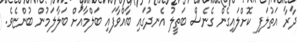
ދާރާ އަތުލަފި ކޮށްލައިގެން ގެނެސް ބަތީލު އެނދުގައި ބާއްވާފައި ބަލްމާއަށް ބަލާލަމުން ބުންޏެވެ.